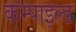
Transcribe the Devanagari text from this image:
कम्पाइल्ड